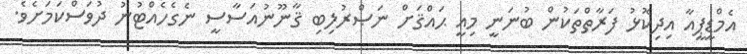
އެމްޑީޕީއާ އިދިކޮޅު ފަރާތްތަކުން ބުނަނީ މިއީ ޙައްޤަށް ނަޞްރުލިބި ޤާނޫނުއަސާސީ ނެގެހެއްޓުނު ދުވަސްކަމަށެވެ.